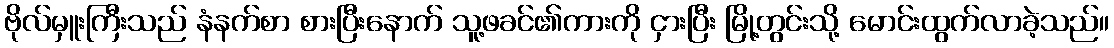
ဗိုလ်မှူးကြီးသည် နံနက်စာ စားပြီးနောက် သူ့ဖခင်၏ကားကို ငှားပြီး မြို့တွင်းသို့ မောင်းထွက်လာခဲ့သည်။